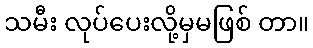
သမီး လုပ်ပေးလို့မှမဖြစ် တာ။